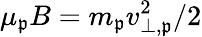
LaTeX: \mu_{\mathfrak{p}}B=m_{\mathfrak{p}}v_{\perp,\mathfrak{p}}^{2}/2